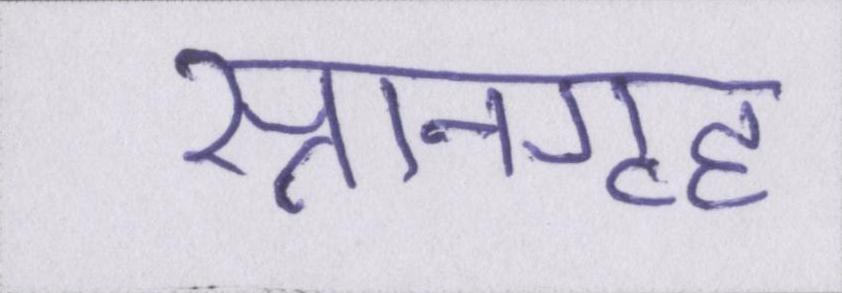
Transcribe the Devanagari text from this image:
स्नानगृह